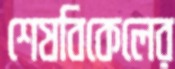
শেষবিকেলের